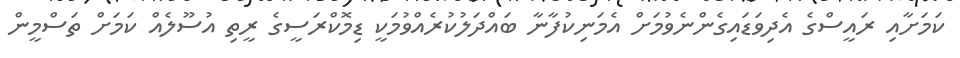
ކަމަށާއި ރައީސްގެ އެދިވަޑައިގެންނެވުމަށް އެމަނިކުފާނާ ބައްދަލުކުރެއްވުމަކީ ޑިމޮކްރަސީގެ ރީތި އުސޫލެއް ކަމަށް ތަސްމީން